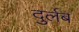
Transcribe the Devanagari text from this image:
दुर्लब